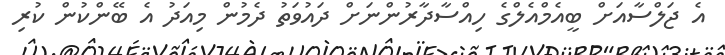
އެ ޖަލްސާއަށް ބީއެމްއެލްގެ ހިއްސާދާރުންނަށް ދައުވަތު ދެމުން މިއަދު އެ ބޭންކުން ކުރި